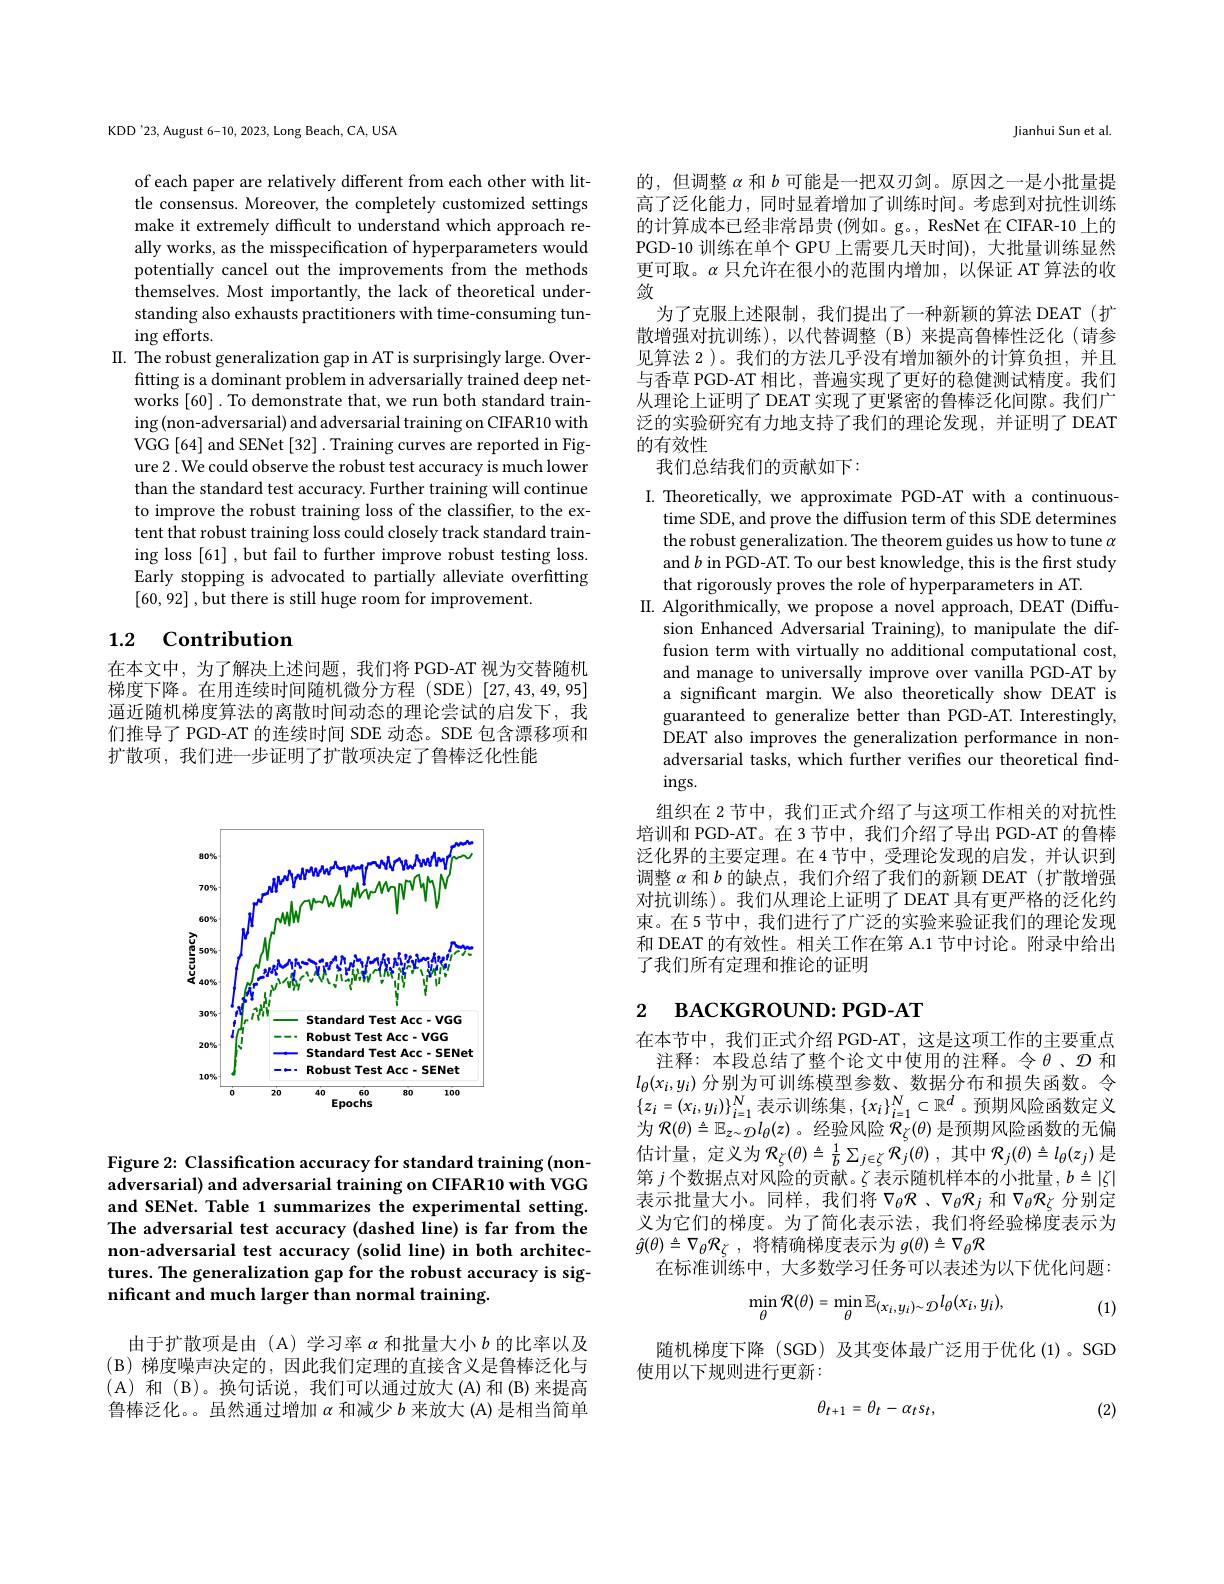
KDD'23, August 6-10, 2023, Long Beach, CA, USA

of each paper are relatively different from each other with little consensus. Moreover, the completely customized settings make it extremely difficult to understand which approach really works, as the misspecification of hyperparameters would potentially cancel out the improvements from the methods themselves. Most importantly, the lack of theoretical understanding also exhausts practitioners with time-consuming tuning efforts.
II. The robust generalization gap in AT is surprisingly large. Over-
fitting is a dominant problem in adversarially trained deep networks [60]. To demonstrate that, we run both standard training (non-adversarial) and adversarial training on CIFAR10 with VGG[64] and SENet[32] . Training curves are reported in Figure 2 . We could observe the robust test accuracy is much lower than the standard test accuracy. Further training will continue to improve the robust training loss of the classifier, to the extent that robust training loss could closely track standard training loss [61] , but fail to further improve robust testing loss. Early stopping is advocated to partially alleviate overfitting [60,92] , but there is still huge room for improvement.

# 1.2 Contribution

在本文中，为了解决上述问题，我们将 PGD-AT 视为交替随机梯度下降。在用连续时间随机微分方程(SDE)[27,43,49,95] 逼近随机梯度算法的离散时间动态的理论尝试的启发下，我们推导了 PGD-AT 的连续时间 SDE 动态。SDE 包含漂移项和扩散项，我们进一步证明了扩散项决定了鲁棒泛化性能

<FigureHere>

Figure 2: Classification accuracy for standard training (nonadversarial) and adversarial training on CIFAR10 with VGG and SENet. Table 1 summarizes the experimental setting. The adversarial test accuracy (dashed line) is far from the non-adversarial test accuracy (solid line) in both architectures. The generalization gap for the robust accuracy is significant and much larger than normal training.

(B)梯度噪声决定的，因此我们定理的直接含义是鲁棒泛化与(A)和(B)。换句话说，我们可以通过放大(A)和(B)来提高

由于扩散项是由 (A) 学习率$\alpha$和批量大小$b$的比率以及鲁棒泛化。。虽然通过增加$\alpha$和减少$b$来放大 (A) 是相当简单

Jianhui Sun et al.

的，但调整$\alpha$和$b$可能是一把双刃剑。原因之一是小批量提高了泛化能力，同时显着增加了训练时间。考虑到对抗性训练的计算成本已经非常昂贵(例如。g。, ResNet 在 CIFAR-10 上的PGD-10 训练在单个 GPU 上需要几天时间), 大批量训练显然更可取。$\alpha$只允许在很小的范围内增加，以保证 AT 算法的收敛
为了克服上述限制，我们提出了一种新颖的算法 DEAT(扩散增强对抗训练),以代替调整(B)来提高鲁棒性泛化(请参见算法 2 )。我们的方法几乎没有增加额外的计算负担，并且与香草 PGD-AT 相比，普遍实现了更好的稳健测试精度。我们从理论上证明了 DEAT 实现了更紧密的鲁棒泛化间隙。我们广泛的实验研究有力地支持了我们的理论发现，并证明了 DEAT 的有效性
我们总结我们的贡献如下：

I. Theoretically, we approximate PGD-AT with a continuous-
time SDE, and prove the diffusion term of this SDE determines the robust generalization. The theorem guides us how to tune $\alpha$ and $b$ in PGD-AT. To our best knowledge, this is the first study that rigorously proves the role of hyperparameters in AT.
II. Algorithmically, we propose a novel approach, DEAT (Diffu-
sion Enhanced Adversarial Training), to manipulate the diffusion term with virtually no additional computational cost, and manage to universally improve over vanilla PGD-AT by a significant margin. We also theoretically show DEAT is guaranteed to generalize better than PGD-AT. Interestingly, DEAT also improves the generalization performance in nonadversarial tasks, which further verifies our theoretical find- $ings.$
组织在 2 节中，我们正式介绍了与这项工作相关的对抗性培训和 PGD-AT。在 3 节中，我们介绍了导出 PGD-AT 的鲁棒泛化界的主要定理。在 4 节中，受理论发现的启发，并认识到调整$\alpha$和$b$的缺点，我们介绍了我们的新颖 DEAT (扩散增强对抗训练)。我们从理论上证明了 DEAT 具有更严格的泛化约束。在5节中，我们进行了广泛的实验来验证我们的理论发现和 DEAT 的有效性。相关工作在第 A.1 节中讨论。附录中给出了我们所有定理和推论的证明

# 2 ВАСКGROUND: РGD-AT

在本节中，我们正式介绍 PGD-AT,这是这项工作的主要重点
注释：本段总结了整个论文中使用的注释。令$\theta$、$\mathcal{D}$ 和$l_\theta(x_i,y_i)$分别为可训练模型参数、数据分布和损失函数。令$\{z_i=(x_i,y_i)\}_{i=1}^N$表示训练集$,\{x_i\}_i=1^N\subset\mathbb{R}^d$。预期风险函数定义为$\mathcal{R}(\theta)\triangleq\mathbb{E}_{z\sim\mathcal{D}}l_{\theta}(z)$ 。经验风险$\mathcal{R}_\zeta(\theta)$是预期风险函数的无偏估计量，定义为$\mathcal{R} _\zeta ( \theta ) \triangleq \frac 1b\sum _{j\in \zeta }\mathcal{R} _j( \theta )$ ,其中$\mathcal{R}_j(\theta)\triangleq l_\theta(z_j)$ 是第$j$个数据点对风险的贡献。$\zeta$表示随机样本的小批量，$b\triangleq|\zeta|$ 表示批量大小。同样，我们将$\nabla_\theta\mathcal{R}$、$\nabla_\theta\mathcal{R}_j$ 和$\nabla_\theta\mathcal{R}_\zeta$ 分别定义为它们的梯度。为了简化表示法，我们将经验梯度表示为$\hat{g} ( \theta ) \triangleq \nabla _{\theta }\mathcal{R} _{\zeta }$ , 将精确梯度表示为 $g(\theta)\triangleq\nabla_{\theta}\mathcal{R}$
在标准训练中，大多数学习任务可以表述为以下优化问题：
$$\operatorname*{min}_{\theta}\mathcal{R}(\theta)=\operatorname*{min}_{\theta}\mathbb{E}_{(x_{i},y_{i})\sim\mathcal{D}}l_{\theta}(x_{i},y_{i}),$$
(1)

随机梯度下降 (SGD) 及其变体最广泛用于优化(1)。SGD
使用以下规则进行更新：
$$\theta_{t+1}\:=\:\theta_{t}-\alpha_{t}s_{t},$$
(2)